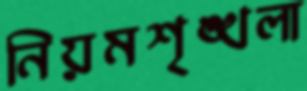
নিয়মশৃঙ্খলা